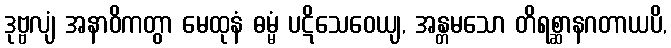
ဒုဗ္ဗလျံ အနာဝိကတွာ မေထုနံ ဓမ္မံ ပဋိသေဝေယျ, အန္တမသော တိရစ္ဆာနဂတာယပိ,